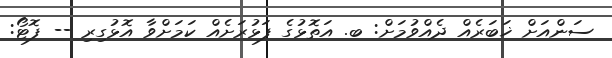
ސަންއަށް ޚަބަރެއް ދެއްވުމަށް: ބ. އަތޮޅުގެ ފަޅުރަށެއް ކަމަށްވާ އޮޅުގިިރި -- ފޮޓޯ: